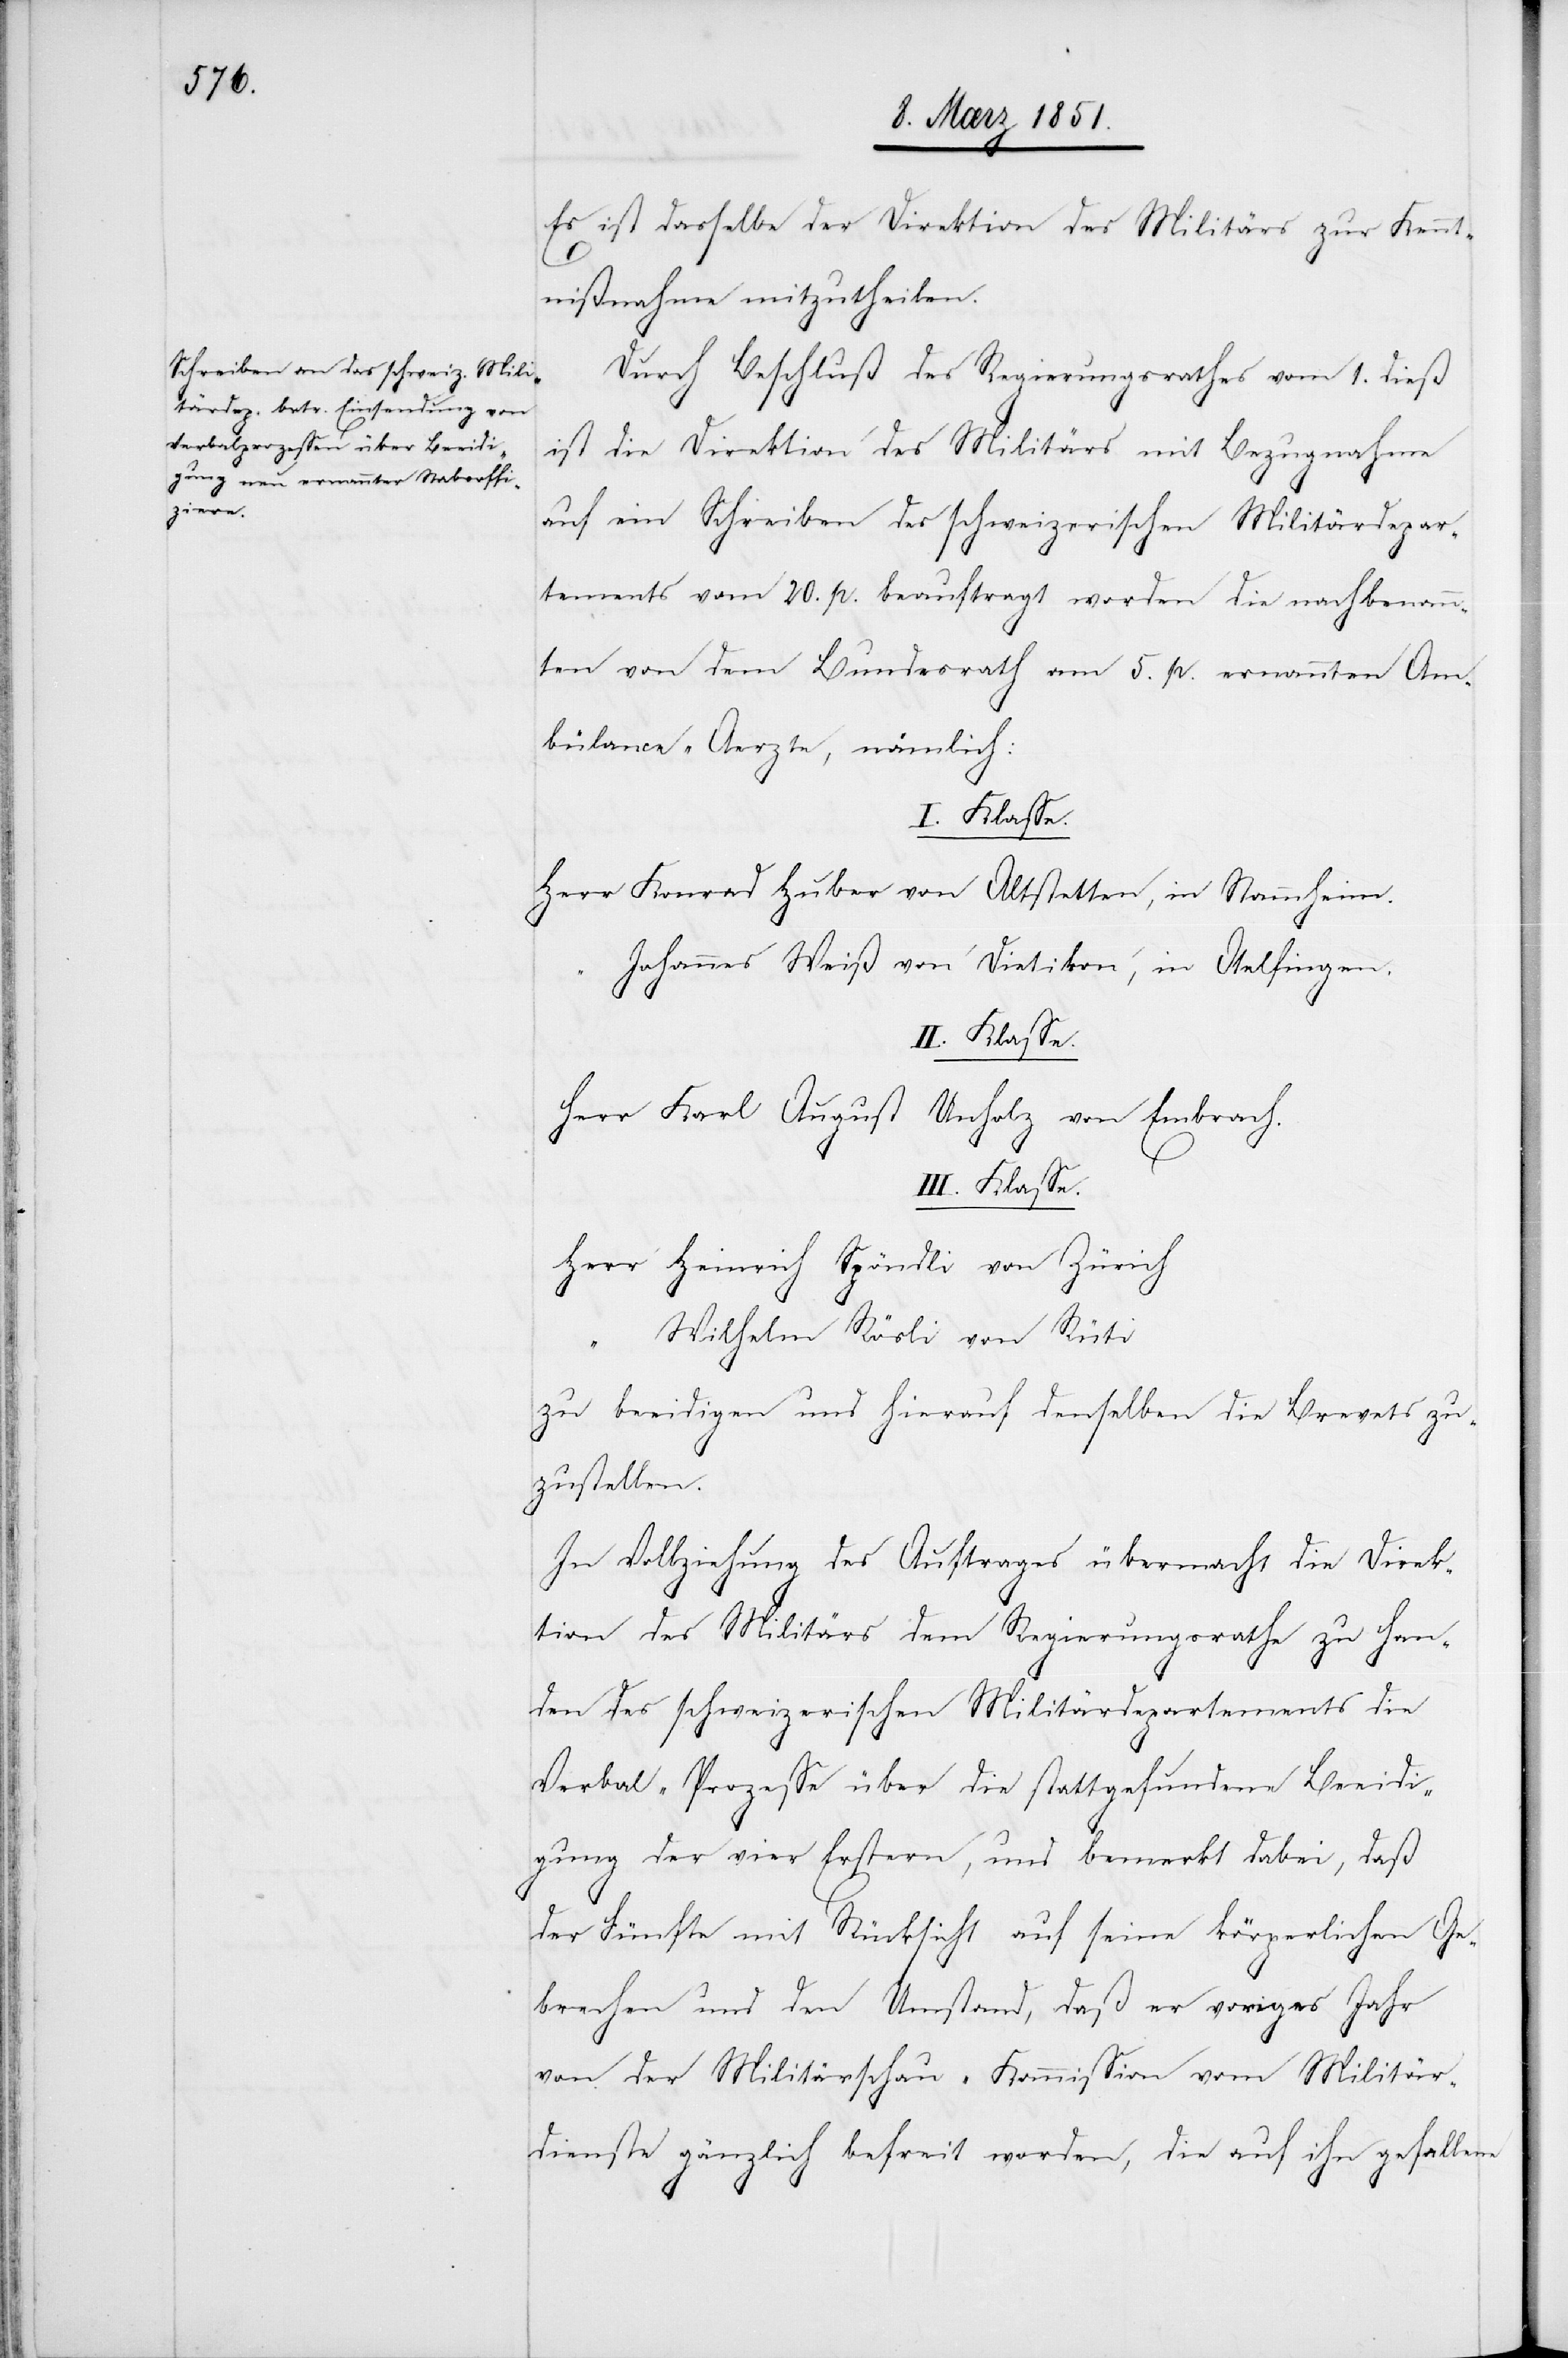
Es ist dasselbe der Direktion des Militärs zur Kennt¬
nißnahme mitzutheilen.
Durch Beschluß des Regierungsrathes vom 1. dieß
ist die Direktion des Militärs mit Bezugnahme
auf ein Schreiben des schweizerischen Militärdepar¬
tements vom 20. p. beauftragt worden die nachbenann¬
ten von dem Bundesrath am 5. p. ernannten Am¬
bülance-Aerzte, nämlich:
I. Klasse.
Konrad Huber von Altstetten, in Stammheim.
Johannes Weiß von Dietikon, in Otelfingen.
II. Klasse.
Karl August Unholz von Embrach.
III. Klasse.
Heinrich Spöndli von Zürich
Wilhelm Rösli von Rüti
zu beeidigen und hierauf denselben die Brevets zu¬
zustellen.
In Vollziehung des Auftrages übermacht die Direk¬
tion des Militärs dem Regierungsrathe zu Han¬
den des schweizerischen Militärdepartements die
Verbal-Prozesse über die stattgefundene Beeidi¬
gung der vier Erstern, und bemerkt dabei, daß
der Fünfte mit Rücksicht auf seine körperlichen Ge¬
brechen und den Umstand, daß er voriges Jahr
von der Militärschau-Kommission vom Militär¬
dienste gänzlich befreit worden, die auf ihn gefallene